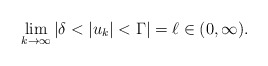
\begin{align*} \lim_{k\to \infty}|\delta<|u_{k}|<\Gamma|=\ell\in (0,\infty). \end{align*}